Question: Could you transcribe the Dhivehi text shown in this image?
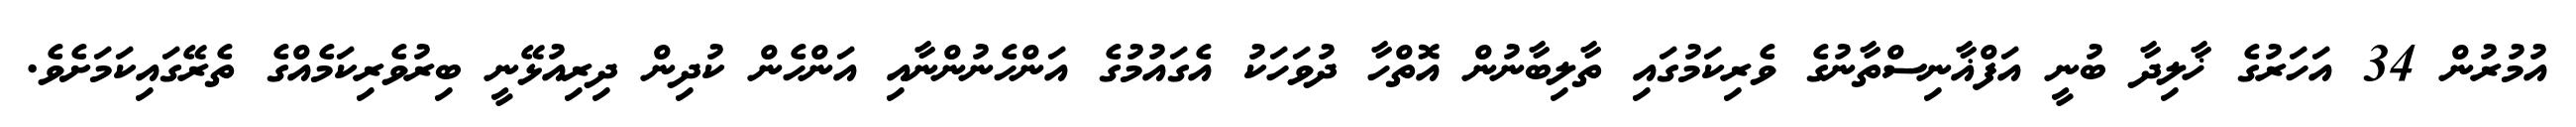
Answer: އުމުރުން 34 އަހަރުގެ ޚާލިދާ ބުނީ އަފްޣާނިސްތާނުގެ ވެރިކަމުގައި ތާލިބާނުން އޮތްހާ ދުވަހަކު އެގައުމުގެ އަންހެނުންނާއި އަންހެން ކުދިން ދިރިއުޅޭނީ ބިރުވެރިކަމެއްގެ ތެރޭގައިކަމަށެވެ.